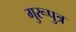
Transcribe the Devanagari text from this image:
गुरूपुत्र